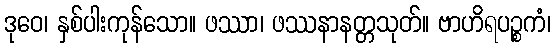
ဒုဝေ၊ နှစ်ပါးကုန်သော။ ဖဿာ၊ ဖဿနာနတ္တသုတ်။ ဗာဟိရပဉ္စကံ၊